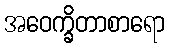
အဝေက္ခိတာစာရော